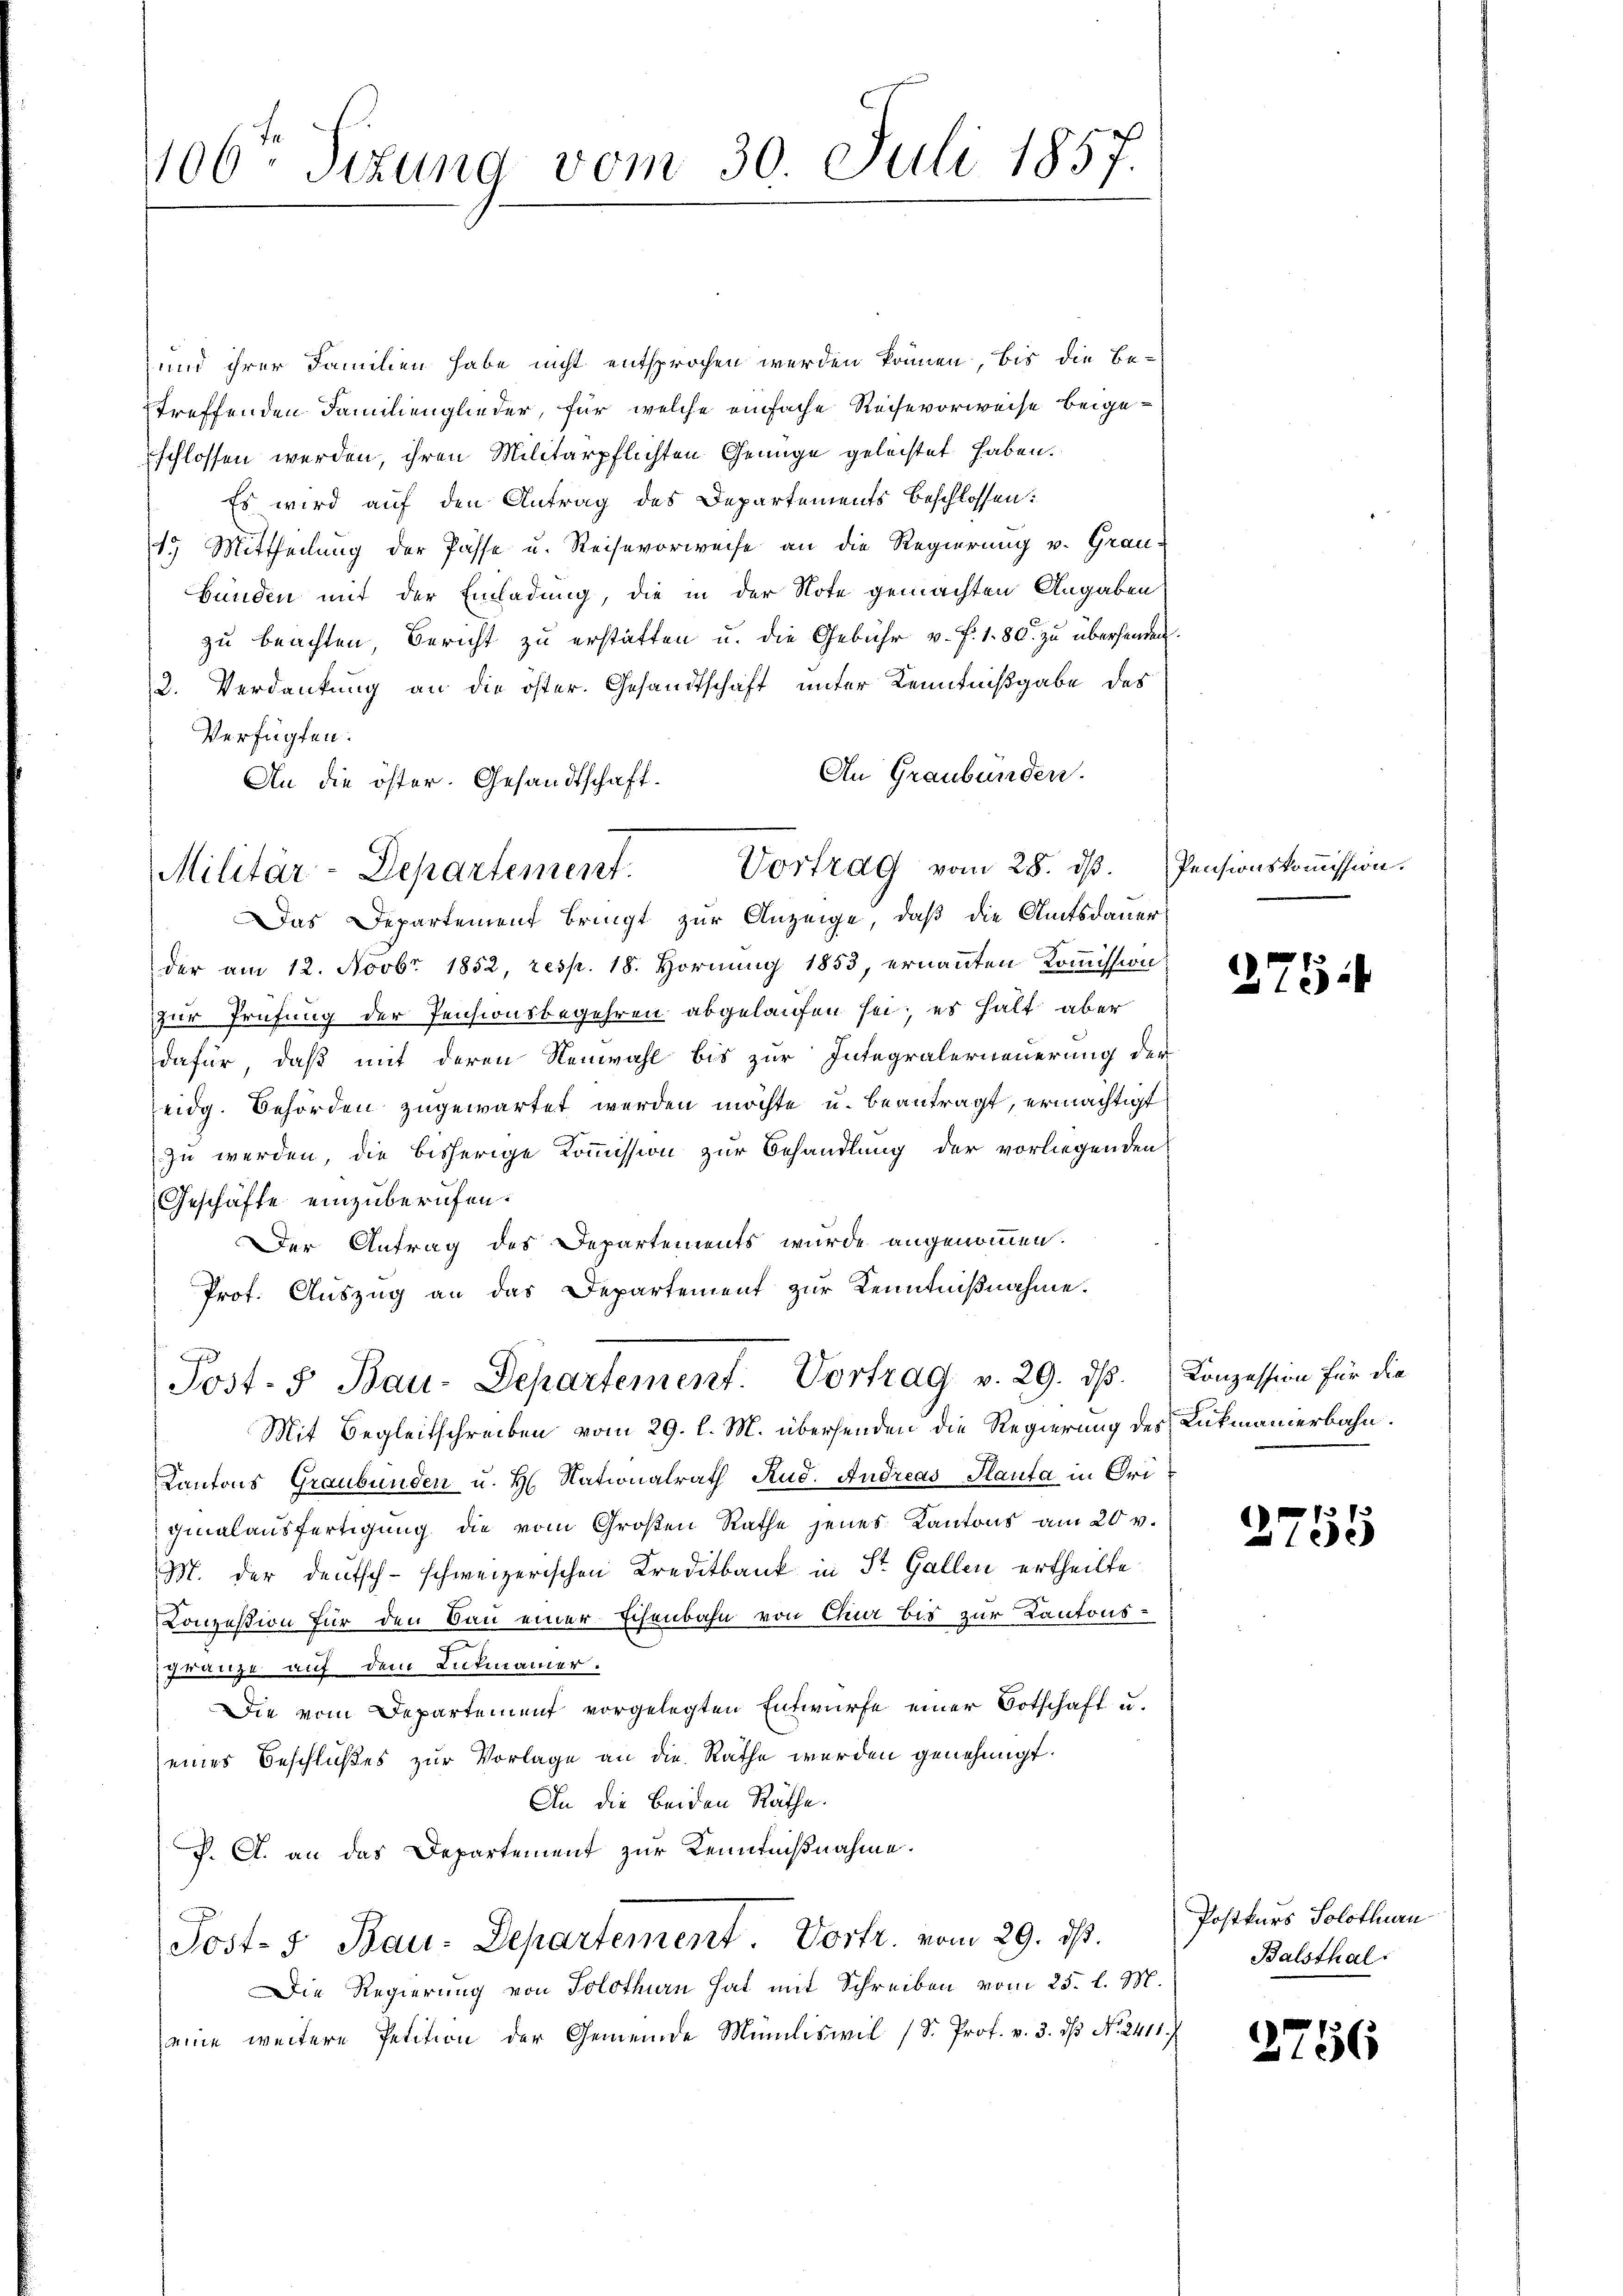
1106. Sizung vom 30. Juli 1857.

und ihrer Familien habe nicht entsprochen werden können, bis die Bestreffenden Familienglieder, für welche einfache Reihevorweise beigeschlossen werden, ihren Militärpflichten Genüge geleistet haben.
Es wird auf den Antrag des Departements beschlossen:
1.) Mittheilung der Pässe u. Reise vorweise an die Regierung v. Grau-
bünden mit der Einladung, die in der Note gemachten Angaben
zu beachten, Bericht zu erstatten u. die Gebühr v. f. 1. 80. zu übersenden.
2. Verdankung an die öster. Gesandtschaft unter Kenntnißgabe des
Verfügten:
An Graubünden.
An die öster. Gesandtschaft.
Das Departement bringt zur Anzeige, daß die Amtsdauer
der am 12. Novbr 1852, resp. 18. Hornung 1853, ernannten Kommission:
zur Prüfung der Pensionsbegehren abgelaufen sei; es halt aber
dafür, daß mit deren Neuwahl bis zur Integralerneuerung der
eidg. Behörden zugewartet werden möchte u. beantragt, ermächtigt
zu werden, die bisherige Kommission zur Behandlung der vorliegenden
Geschäfte einzuberufen.
Der Antrag des Departements wurde angenommen.
Prof. Auszug an das Departement zur Kenntnißnahme.
Post. S Bau-Departement. Vortrag v. 29. ds. Konzession für die
Mit Begleitschreiben vom 29. l. M. übersenden die Regierung des Rückmanierbahn.
Kantons Graubünden u. H. Nationalrath Rud. Andreas Planta in Friginalansfertigung die vom Großen Rathe jenes Kantons am 20 v.
M. der Deutsch-schweizerischen Kreditbank in St. Gallen ertheilte
Konzession für den Bau einer Echenbahn von Chur bis zur Kantons¬
Ganze auf dem Lukmanner.
Die vom Departement vorgelegten Entwurfe einer Botschaft u.
eines Beschlußes zur Vorlage an die Rathe werden genehmigt.
An die beiden Räthe.
P. A. an das Departement zur Kenntnißnahme.
Post- 5. Bau-Departement. Vortr. vom 29. ds.
Die Regierung von Solothurn hat mit Schreiben vom 25. l. M.
eine weitere Petition der Gemeinde Mündliswil (Dr. Prof. v. 3. dβ No. 2411.

Vortrag vom 28. dβ. Pensionskommission.
Militär-Departement.

275:

37
273.

Postkurs Solothurn
Balsthal:

2756